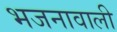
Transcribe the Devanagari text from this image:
भजनावाली